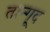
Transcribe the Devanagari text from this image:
तान्गूद